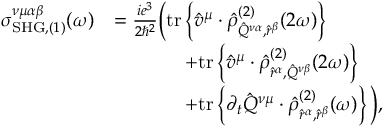
\begin{array} { r l } { \sigma _ { \mathrm { S H G } , ( 1 ) } ^ { \nu \mu \alpha \beta } ( \omega ) } & { = \frac { i e ^ { 3 } } { 2 \hslash ^ { 2 } } \bigg ( \mathrm { t r } \left\{ \hat { v } ^ { \mu } \cdot \hat { \rho } _ { \hat { Q } ^ { \nu \alpha } , \hat { r } ^ { \beta } } ^ { ( 2 ) } ( 2 \omega ) \right\} } \\ & { \, \, \, \, \, \, \, \, \, \, \, \, \, \, \, \, \, \, \, \, \, \, + \mathrm { t r } \left\{ \hat { v } ^ { \mu } \cdot \hat { \rho } _ { \hat { r } ^ { \alpha } , \hat { Q } ^ { \nu \beta } } ^ { ( 2 ) } ( 2 \omega ) \right\} } \\ & { \, \, \, \, \, \, \, \, \, \, \, \, \, \, \, \, \, \, \, \, \, \, + \mathrm { t r } \left\{ \partial _ { t } \hat { Q } ^ { \nu \mu } \cdot \hat { \rho } _ { \hat { r } ^ { \alpha } , \hat { r } ^ { \beta } } ^ { ( 2 ) } ( \omega ) \right\} \bigg ) \mathrm { , } } \end{array}